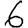
Digit: 6